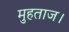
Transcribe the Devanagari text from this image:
मुहताज।